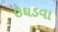
ઉઘડવા